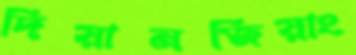
দিয়ানজিয়াং